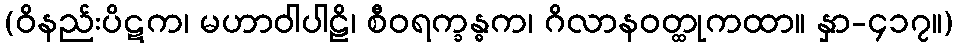
(ဝိနည်းပိဋက၊ မဟာဝါပါဠိ၊ စီဝရက္ခန္ဓက၊ ဂိလာနဝတ္ထုကထာ။ နှာ-၄၁၇။)